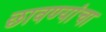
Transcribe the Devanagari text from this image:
छावण्यांचा